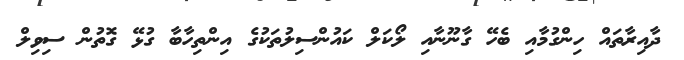
ދާއިރާތައް ހިންގުމާއި ބެހޭ ގާނޫނާއި ލޯކަލް ކައުންސިލުތަކުގެ އިންތިހާބާ ގުޅޭ ގޮތުން ސިވިލް